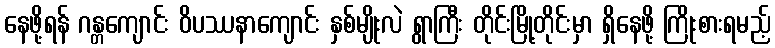
နေဖို့ရန် ဂန္တကျောင်း ဝိပဿနာကျောင်း နှစ်မျိုးလဲ ရွာကြီး တိုင်းမြို့တိုင်းမှာ ရှိနေဖို့ ကြိုးစားရမည့်